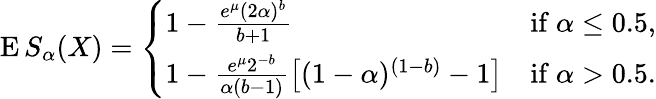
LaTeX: \operatorname{E}S_{\alpha}(X)={\left\{ \begin{array}{ll}{1-{\frac{e^{\mu}(2\alpha)^{b}}{b+1}}}&{{\mathrm{if~}}\alpha\leq 0.5,}\\ {1-{\frac{e^{\mu}2^{-b}}{\alpha(b-1)}}{\big[}(1-\alpha)^{(1-b)}-1{\big]}}&{{\mathrm{if~}}\alpha>0.5.}\end{array}\right.}